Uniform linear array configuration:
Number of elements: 64
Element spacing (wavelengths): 0.5
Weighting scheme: blackman
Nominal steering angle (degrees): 30
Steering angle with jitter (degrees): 30.133
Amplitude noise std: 0.05
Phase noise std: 0.05

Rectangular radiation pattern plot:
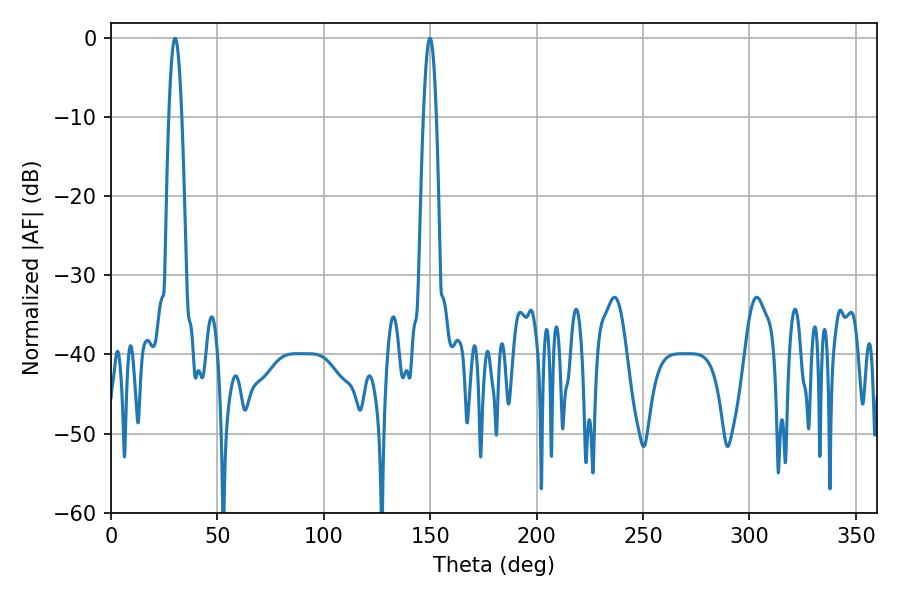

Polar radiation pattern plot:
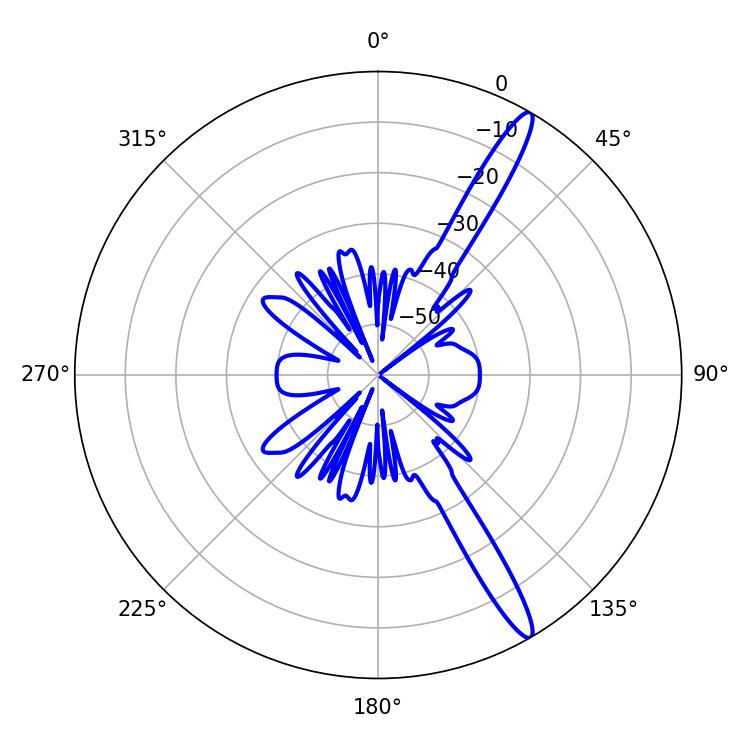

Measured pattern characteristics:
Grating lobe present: FALSE
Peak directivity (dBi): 14.954
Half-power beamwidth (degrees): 3.42
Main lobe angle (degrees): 30.06